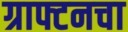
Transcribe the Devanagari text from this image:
ग्राफ्टनचा